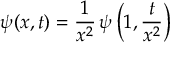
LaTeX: \psi ( x , t ) = { \frac { 1 } { x ^ { 2 } } } \, \psi \left( 1 , { \frac { t } { x ^ { 2 } } } \right)